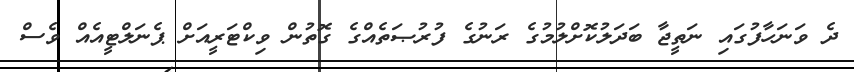
ދެ ވަނަހާފުގައި ނަތީޖާ ބަދަލުކޮށްލުމުގެ ރަނުގެ ފުރުޞަތެއްގެ ގޮތުން ވިކްޓަރީއަށް ޕެނަލްޓީއެއް ވެސް